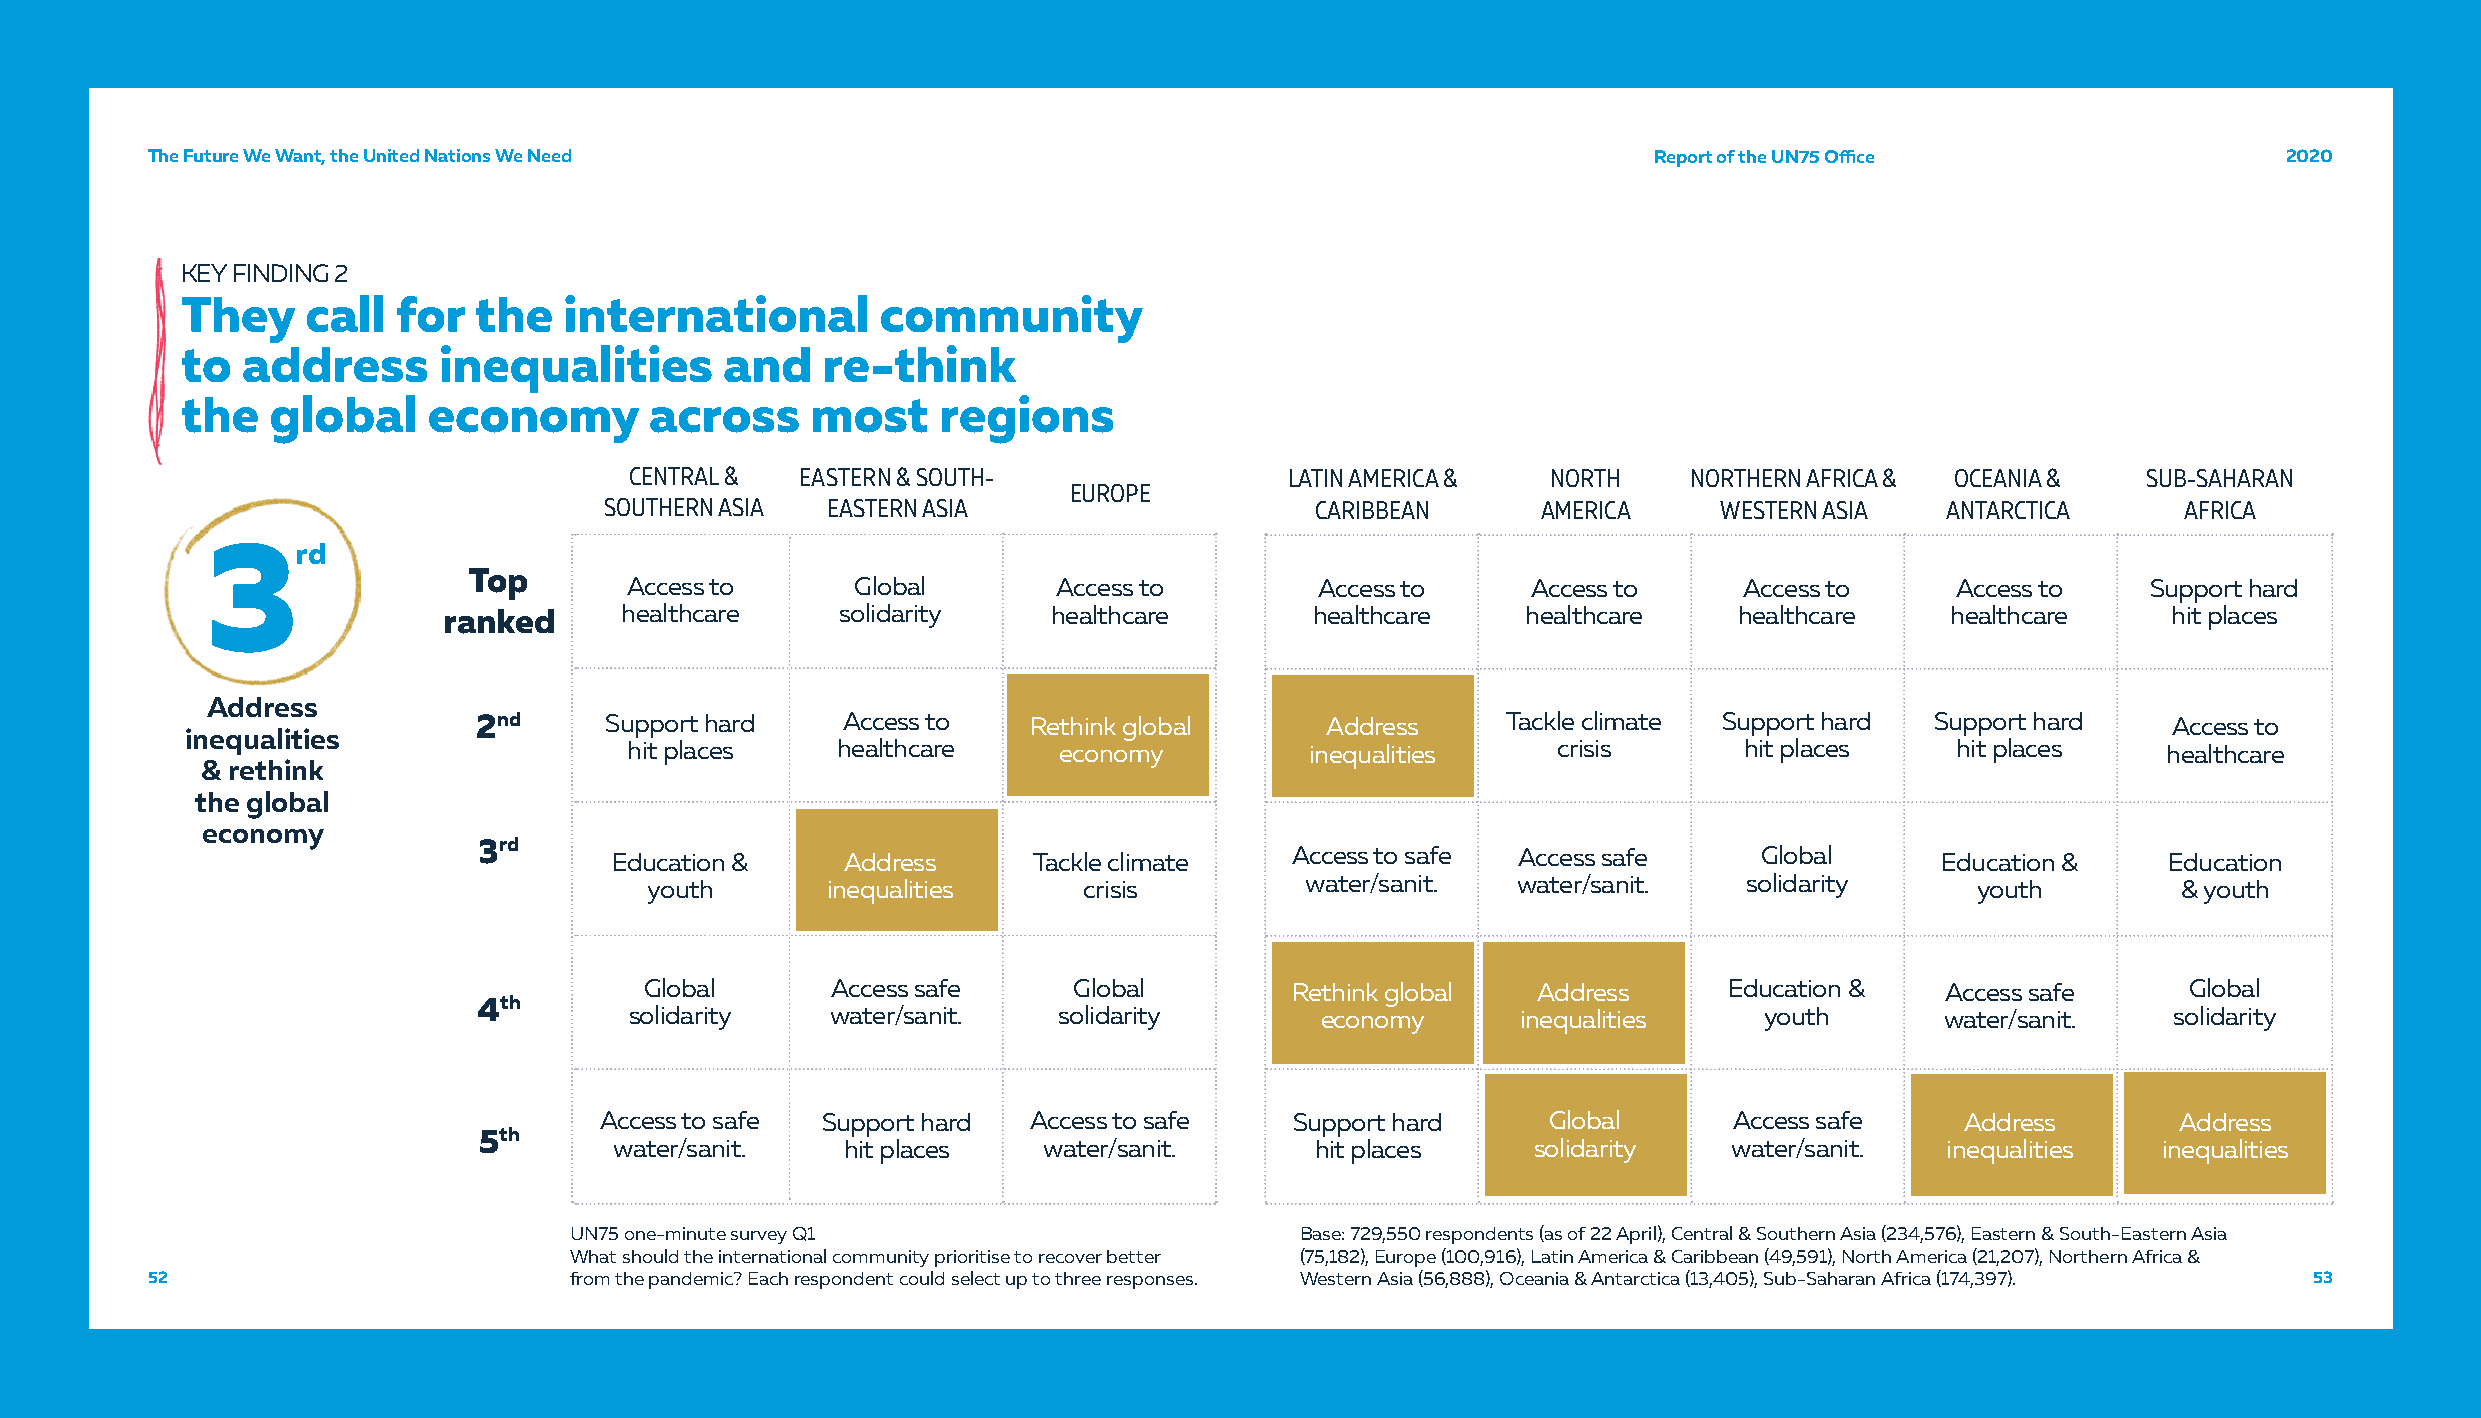
The Future We Want, the United Nations We Need                                                     Report of the UN75 Office                 2020
 KEY FINDING 2
 They    call  for  the   international        community
 to  address      inequalities       and   re-think
 the   global    economy        across     most    regions
 CENTRAL &  EASTERN & SOUTH-                LATIN AMERICA &   NORTH    NORTHERN AFRICA & OCEANIA &   SUB-SAHARAN
 EUROPE
 SOUTHERN ASIA  EASTERN ASIA                    CARIBBEAN      AMERICA     WESTERN ASIA   ANTARCTICA      AFRICA
 3rd
 Top
 Access to       Global       Access to        Access to     Access to     Access to     Access to    Support hard
 ranked      healthcare     solidarity    healthcare       healthcare    healthcare    healthcare    healthcare     hit places
 Address
 2nd     Support hard    Access to   Rethink global      Address     Tackle climate Support hard Support hard    Access to
 inequalities
 hit places   healthcare     economy          inequalities    crisis      hit places    hit places    healthcare
 & rethink
 the global
 economy
 3rd
 Education &     Address     Tackle climate    Access to safe Access safe     Global     Education &     Education
 youth       inequalities     crisis        water/sanit.  water/sanit.    solidarity     youth        & youth
 Global      Access safe     Global        Rethink global   Address     Education &    Access safe     Global
 4th
 solidarity   water/sanit.   solidarity       economy       inequalities    youth       water/sanit.   solidarity
 Access to safe Support hard Access to safe    Support hard     Global      Access safe    Address       Address
 5th
 water/sanit.   hit places   water/sanit.      hit places     solidarity   water/sanit.  inequalities  inequalities
 UN75 one-minute survey Q1                       Base: 729,550 respondents (as of 22 April), Central & Southern Asia (234,576), Eastern & South-Eastern Asia
 What should the international community prioritise to recover better (75,182), Europe (100,916), Latin America & Caribbean (49,591), North America (21,207), Northern Africa &
 52                          from the pandemic? Each respondent could select up to three responses. Western Asia (56,888), Oceania & Antarctica (13,405), Sub-Saharan Africa (174,397). 53